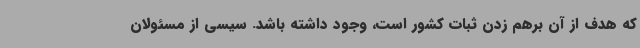
که هدف از آن برهم زدن ثبات کشور است، وجود داشته باشد. سیسی از مسئولان